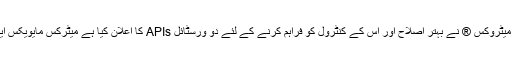
11 فروری ، 2020 - میٹروکس ® نے بہتر اصلاح اور اس کے کنٹرول کو فراہم کرنے کے لئے دو ورسٹائل APIs کا اعلان کیا ہے میٹرکس مایویکس ایکس این ایم ایکس ایکس۔